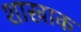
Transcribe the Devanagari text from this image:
शाखाक